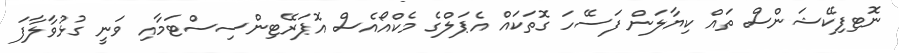
ނޮޓިފިކޭޝަންސް ތައް ކިޔާލަން ފަސޭހަ ގޮތަކައް އެޕަލްގެ މެކްއޯއެސް އޮޕަރޭޓިންސިސްޓަމާއި ވަނީ ގުޅުވާލާފަ